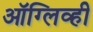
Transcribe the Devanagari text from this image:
ऑग्लिव्ही